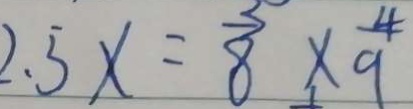
2 . 5 x = \frac { 5 } { 8 } \times \frac { 4 } { 9 }